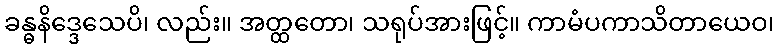
ခန္ဓနိဒ္ဒေသေပိ၊ လည်း။ အတ္ထတော၊ သရုပ်အားဖြင့်။ ကာမံပကာသိတာယေဝ၊